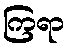
ကြရာ